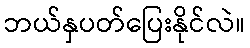
ဘယ်နှပတ်ပြေးနိုင်လဲ။